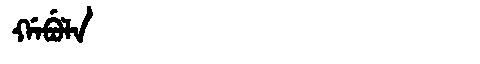
Manchu: ᡤᠠᠪᡠᠯᠠ
Romanization: GABULA